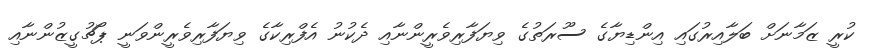
ކުރީ ޒަމާނަށް ބަލާއިރުގައި އިންޑިޔާގެ ސޫރަތުގެ ވިޔަފާރިވެރީންނާއި ދެކުނު އެފްރިކާގެ ވިޔަފާރިވެރީންވަނީ ޕޯޗުގީޒުންނާއި